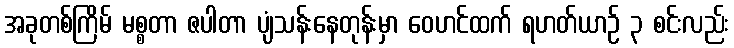
အခုတစ်ကြိမ် မစ္စတာ ဇပါတာ ပျံသန်းနေတုန်းမှာ ဝေဟင်ထက် ရဟတ်ယာဉ် ၃ စင်းလည်း